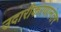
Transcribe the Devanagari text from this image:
उदारीकरणानंतर